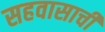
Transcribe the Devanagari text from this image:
सहवासाची